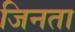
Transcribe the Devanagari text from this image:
जिनता